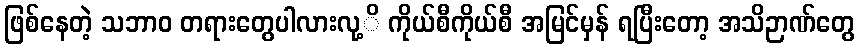
ဖြစ်နေတဲ့ သဘာဝ တရားတွေပါလားလု့ိ ကိုယ်စီကိုယ်စီ အမြင်မှန် ရပြီးတော့ အသိဉာဏ်တွေ